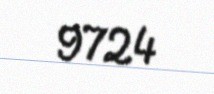
9724